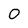
Character: 0